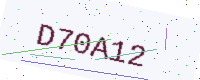
Text: D70A12